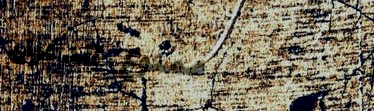
ممنوع الدخول